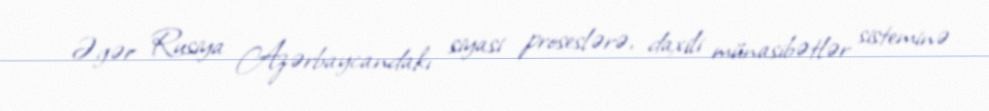
Əgər Rusiya Azərbaycandakı siyasi proseslərə, daxili münasibətlər sisteminə